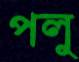
পলু